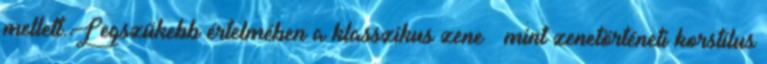
mellett.Legszűkebb értelmében a klasszikus zene – mint zenetörténeti korstílus